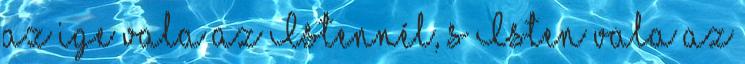
az ige vala az Istennél, s Isten vala az